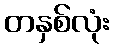
တနှစ်လုံး